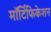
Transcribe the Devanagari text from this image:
मॉर्टिफिकेशन